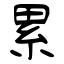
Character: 累